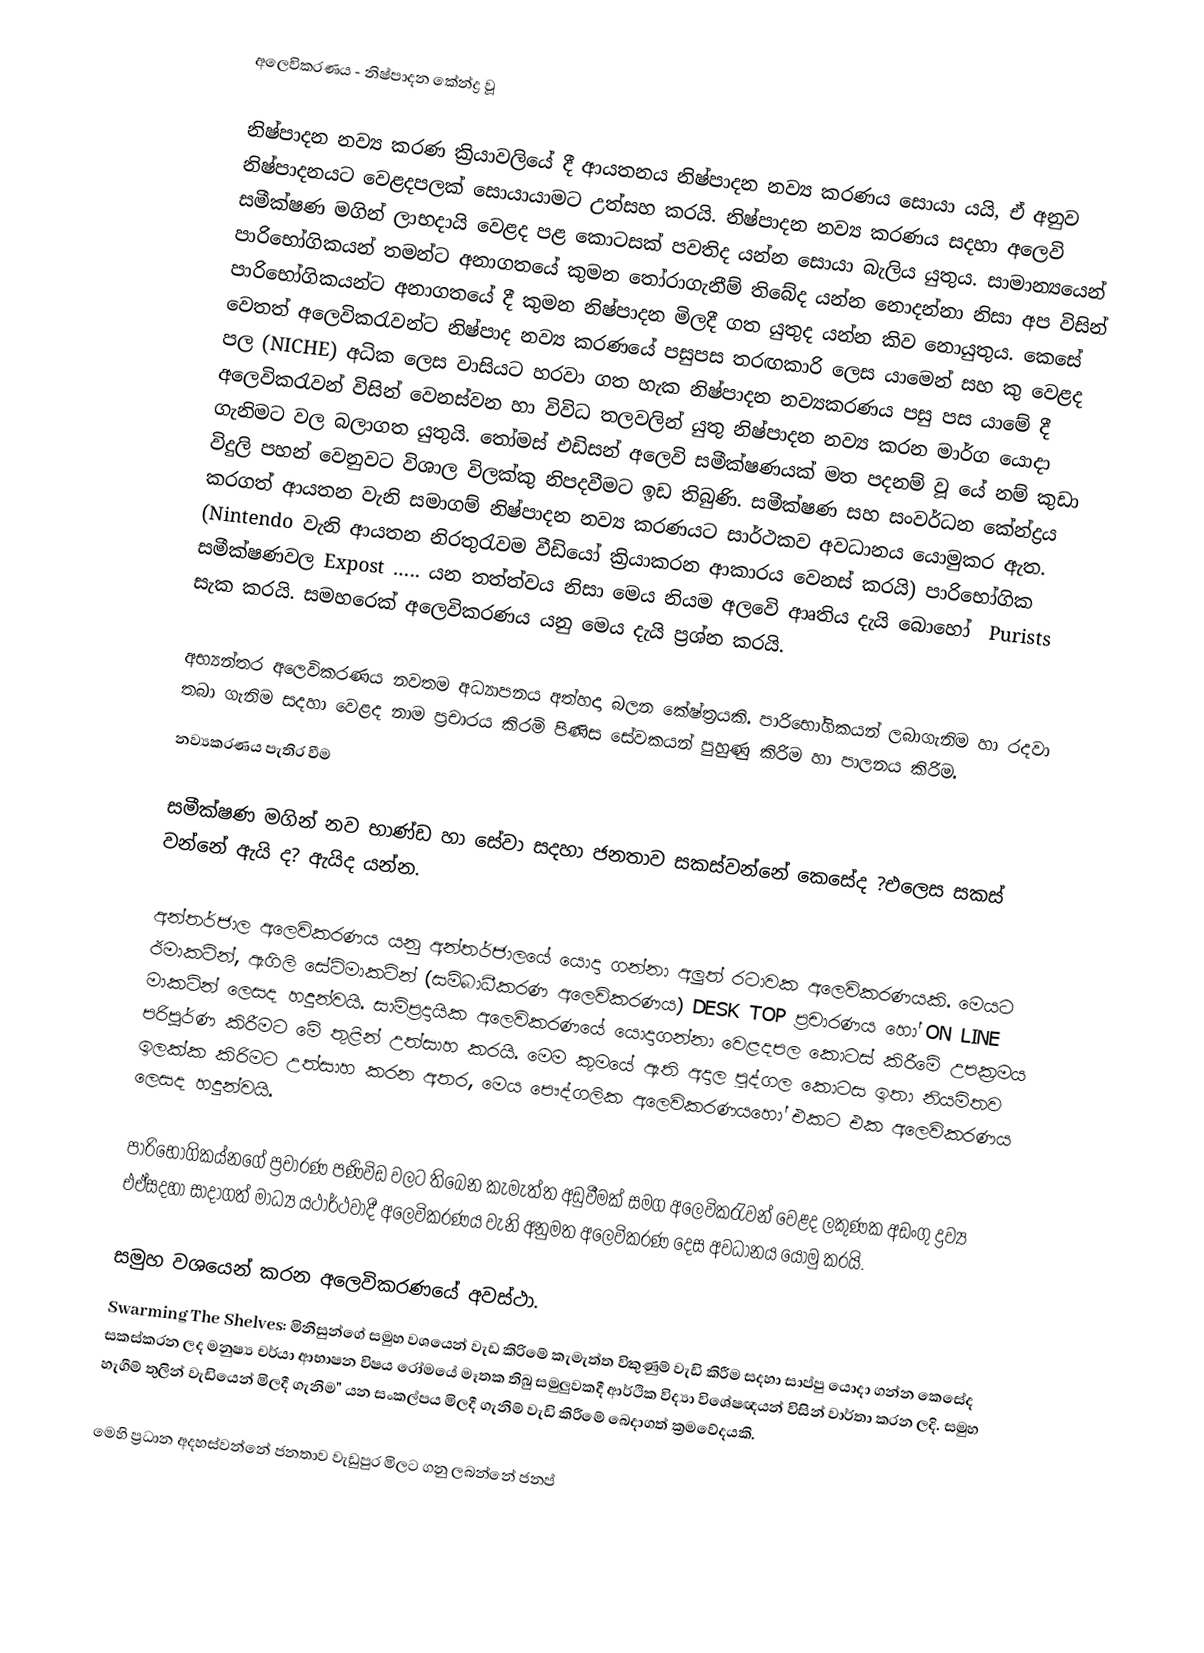
අලෙවිකරණය - නිෂ්පාදන කේන්ද්‍ර වූ

නිෂ්පාදන නව්‍ය කරණ ක්‍රියාවලියේ දී ආයතනය නිෂ්පාදන නව්‍ය කරණය සොයා යයි, ඒ අනුව නිෂ්පාදනයට වෙළදපලක් සොයායාමට උත්සහ කරයි. නිෂ්පාදන නව්‍ය කරණය සදහා අලෙවි සමීක්ෂණ මගින් ලාභදායි වෙළද පළ කොටසක් පවතිද යන්න සොයා බැලිය යුතුය. සාමාන්‍යයෙන් පාරිභෝගිකයන්  තමන්ට අනාගතයේ කුමන තෝරාගැනීම් තිබේද යන්න නොදන්නා නිසා අප විසින් පාරිභෝගිකයන්ට අනාගතයේ දී කුමන නිෂ්පාදන මිලදී ගත යුතුද යන්න කිව නොයුතුය. කෙසේ වෙතත් අ‍ලෙවිකරැවන්ට නිෂ්පාද නව්‍ය කරණයේ පසුපස තරඟකාරි ලෙස යාමෙන් සහ කු වෙළද පල (NICHE) අධික ලෙස වාසියට හරවා ගත හැක නිෂ්පාදන නව්‍යකරණය පසු පස යාමේ දී අලෙවිකරැවන් විසින් වෙනස්වන හා විවිධ තලවලින් යුතු නිෂ්පාදන නව්‍ය කරන මාර්ග යොදා ගැනිමට වල බලාගත යුතුයි. තෝමස් එඩිසන් අලෙවි සමීක්ෂණයක් මත පදනම් වූ යේ නම් කුඩා විදුලි පහන් වෙනුවට විශාල විලක්කු නිපදවීමට ඉඩ තිබුණි. සමීක්ෂණ සහ සංවර්ධන කේන්ද්‍රය කරගත් ආයතන වැනි සමාගම් නිෂ්පාදන නව්‍ය කරණයට සාර්ථකව අවධානය යොමුකර ඇත. (Nintendo  වැනි ආයතන නිරතුරැවම වීඩියෝ ක්‍රියාකරන ආකාරය වෙනස් කරයි) පාරි‍භෝගික සමීක්ෂණවල  Expost ….. යන තත්ත්වය නිසා මෙය නියම අලවෙි ආෘතිය දැයි ‍බොහෝ ‍ Purists සැක කරයි. සමහරෙක්  අලෙවිකරණය යනු මෙය දැයි ප්‍රශ්න කරයි.

අභ්‍යන්තර අලෙවිකරණය නවතම අධ්‍යාපනය අත්හදා බලන කේෂ්ත්‍රයකි. පාරිභෝගිකයන් ලබාගැනිම හා රදවා තබා ගැනිම සදහා වෙළද නාම ප්‍රචාරය කිරමි පිණිස සේවකයන් පුහුණු කිරිම හා පාලනය කිරිම.
නව්‍යකරණය පැතිර වීම

සමීක්ෂණ මගින් නව භාණ්ඩ හා සේවා සදහා ජනතාව සකස්වන්නේ කෙසේද ?එලෙස සකස් වන්නේ ඇයි ද? ඇයිද යන්න.

අන්තර්ජාල අලෙවිකරණය යනු අන්තර්ජාලයේ යොදා ගන්නා අලුත් රටාවක අලෙවිකරණයකි. මෙයට ඊමාකටින්, ඇගිලි සේට්මාකටින් (සම්බාධීකරණ අලෙවිකරණය) DESK TOP ප්‍රචාරණය හෝ ON LINE මාකටින් ලෙසද හදුන්වයි. සාම්ප්‍රදායික අලෙවිකරණයේ ‍යොදාගන්නා වෙළදපල කොටස් කිරීමේ උපක්‍රමය පරිපූර්ණ කිරීමට මේ තුළින් උත්සාහ ‍කරයි. මෙම කුමයේ ඇති අදාල පුද්ගල කොටස ඉතා නියමිතව ඉලක්ක කිරිමට උත්සාහ කරන අතර, මෙය පෞද්ගලික අලෙවිකරණය‍හෝ එකට එක අලෙවිකරණය ලෙසද හදුන්වයි.

පාරිභෝගිකය්නගේ ප්‍රචාරණ පණිවිඩ වලට තිබෙන කැමැත්ත අඩුවීමක් සමග‍ අලෙවිකරැවන් වෙළද ලකුණක අඩංගු ද්‍රව්‍ය එඒසදහා සාදාගත් මාධ්‍ය යථාර්ථවාදී අලෙවිකරණය වැනි අනුමත අලෙවිකරණ දෙස අවධානය යොමු කරයි.

සමුහ වශයෙන් කරන අලෙවිකරණයේ අවස්ථා.
Swarming The Shelves: මිනිසුන්ගේ සමුහ වශයෙන් වැඩ කිරිමේ කැමැත්ත විකුණුම් වැඩි කිරීම සදහා සාප්පු  යොදා ගන්න‍් කෙසේද  සකස්කරන ලද මනුෂ්‍ය චර්යා ආභාෂන විෂය රෝමයේ මෑතක තිබු සමුලුවකදී ආර්ථික විද්‍යා විශේෂඥයන් විසින් වාර්තා කරන ලදි. සමුහ හැගීම් තුලින් වැඩියෙන්  මිලදී ගැනිම" යන සංකල්පය මිලදී ගැනිම් වැඩි කිරීමේ බෙදාගත් ක්‍රමවේදයකි.

මෙහි ප්‍රධාන අදහස්වන්නේ ජනතාව වැඩුපුර මිලට ගනු ලබන්නේ ජනප්